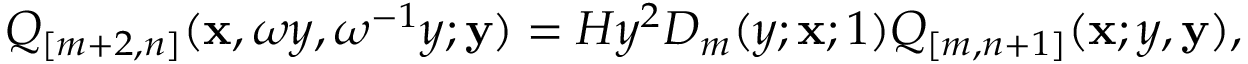
Q _ { [ m + 2 , n ] } ( { \bf x } , \omega y , \omega ^ { - 1 } y ; { \bf y } ) = H y ^ { 2 } D _ { m } ( y ; { \bf x } ; 1 ) Q _ { [ m , n + 1 ] } ( { \bf x } ; y , { \bf y } ) ,